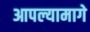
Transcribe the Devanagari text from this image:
आपल्यामागे